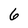
Character: 6